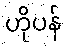
ဟိုပန်